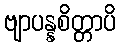
ဗျာပန္နစိတ္တာပိ